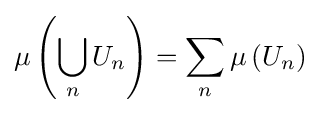
\mu \left(\bigcup _{n}U_{n}\right)=\sum _{n}\mu \left(U_{n}\right)